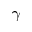
\gamma